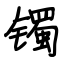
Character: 镯